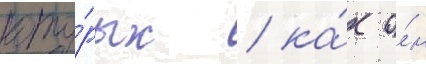
кото́рых / ка́к о́н